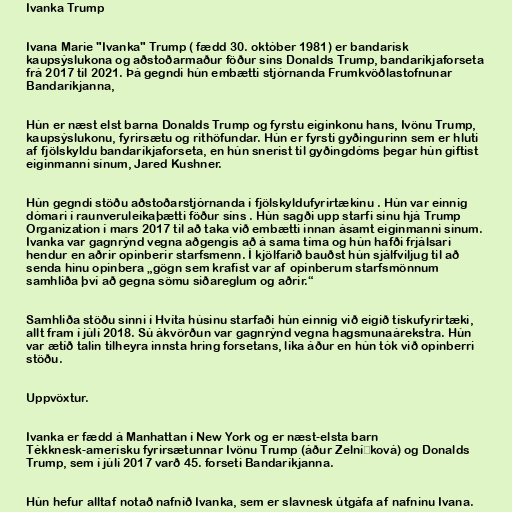
Ivanka Trump

Ivana Marie "Ivanka" Trump ( fædd 30. október 1981) er bandarísk
kaupsýslukona og aðstoðarmaður föður síns Donalds Trump, bandaríkjaforseta
frá 2017 til 2021. Þá gegndi hún embætti stjórnanda Frumkvöðlastofnunar
Bandaríkjanna,

Hún er næst elst barna Donalds Trump og fyrstu eiginkonu hans, Ivönu Trump,
kaupsýslukonu, fyrirsætu og rithöfundar. Hún er fyrsti gyðingurinn sem er hluti
af fjölskyldu bandaríkjaforseta, en hún snerist til gyðingdóms þegar hún giftist
eiginmanni sínum, Jared Kushner.

Hún gegndi stöðu aðstoðarstjórnanda í fjölskyldufyrirtækinu . Hún var einnig
dómari í raunveruleikaþætti föður síns . Hún sagði upp starfi sínu hjá Trump
Organization í mars 2017 til að taka við embætti innan ásamt eiginmanni sínum.
Ivanka var gagnrýnd vegna aðgengis að á sama tíma og hún hafði frjálsari
hendur en aðrir opinberir starfsmenn. Í kjölfarið bauðst hún sjálfviljug til að
senda hinu opinbera „gögn sem krafist var af opinberum starfsmönnum
samhliða því að gegna sömu siðareglum og aðrir.“

Samhliða stöðu sinni í Hvíta húsinu starfaði hún einnig við eigið tískufyrirtæki,
allt fram í júlí 2018. Sú ákvörðun var gagnrýnd vegna hagsmunaárekstra. Hún
var ætíð talin tilheyra innsta hring forsetans, líka áður en hún tók við opinberri
stöðu.

Uppvöxtur.

Ivanka er fædd á Manhattan í New York og er næst-elsta barn
Tékknesk-amerísku fyrirsætunnar Ivönu Trump (áður Zelníčková) og Donalds
Trump, sem í júlí 2017 varð 45. forseti Bandaríkjanna.

Hún hefur alltaf notað nafnið Ivanka, sem er slavnesk útgáfa af nafninu Ivana.